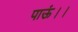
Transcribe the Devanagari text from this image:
पाऊं।।